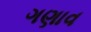
ગણાવ